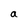
Character: a